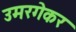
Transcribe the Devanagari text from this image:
उमरगेकर